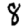
Digit: 8